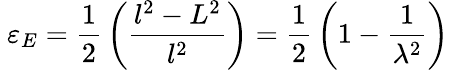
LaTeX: \ \varepsilon_{E}={\frac{1}{2}}\left({\frac{l^{2}-L^{2}}{l^{2}}}\right)={\frac{1}{2}}\left(1-{\frac{1}{\lambda^{2}}}\right)